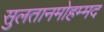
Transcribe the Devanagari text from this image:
सुलतानमोहम्मद